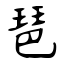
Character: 琶